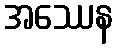
အဿေန